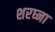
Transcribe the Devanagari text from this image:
शरघ्ना